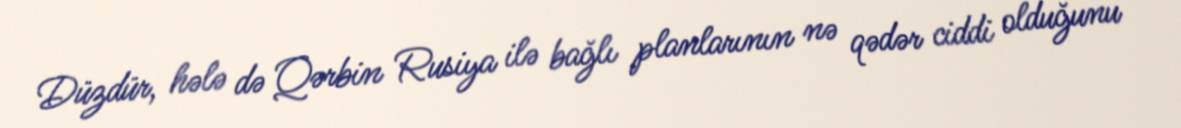
Düzdür, hələ də Qərbin Rusiya ilə bağlı planlarının nə qədər ciddi olduğunu